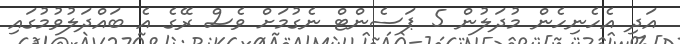
އަދި އެހެނިހެން މުދަލުން 5 ޕަސެންޓް ނެގުމަށް ވެސް ރޭގެ އެ ބައްދަލުވުމުގައި